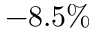
- 8 . 5 \%